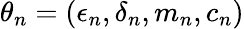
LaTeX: \theta_{n}=(\epsilon_{n},\delta_{n},m_{n},c_{n})